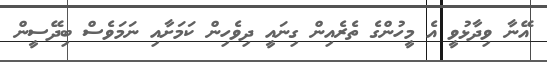
އޭނާ ވިދާޅުވީ އެ މީހުންގެ ތެރެއިން ގިނައީ ދިވެހިން ކަމަށާއި ނަމަވެސް ބިދޭސީން